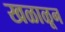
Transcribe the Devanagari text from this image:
खळाळून